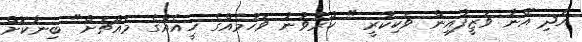
އަދި އޭނާ ވަޒީފާއިން ވަކިކުރީ " ކުރެވުނު ވަހުމެއްގެ ހީއެއްގެ މައްޗަށް" ބިނާކޮށް